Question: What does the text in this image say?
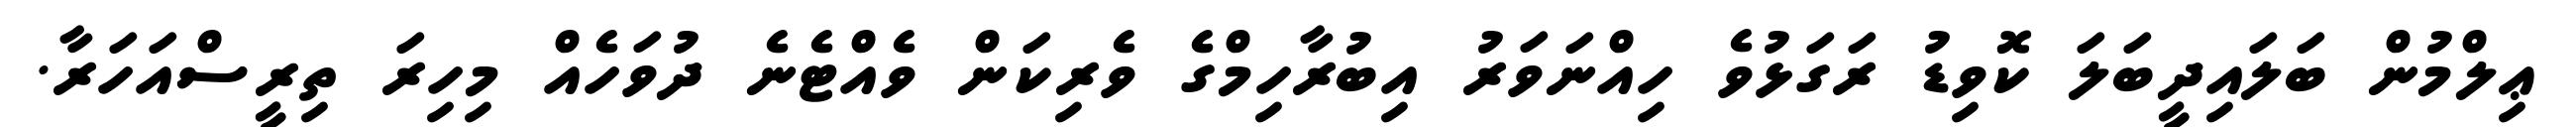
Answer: ޢިލްމުން ބަލައިދީބަލަ ކޮވިޑު ރަގަޅުވެ ހިއްނަވަރު އިބުރާހިމްގެ ވެރިކަން ވެއްޓެނެ ދުވަހެއް މިހިރަ ތިރީސްއަހަރާ.